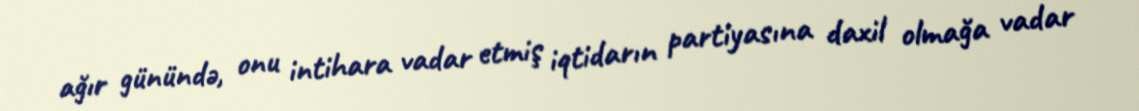
ağır günündə, onu intihara vadar etmiş iqtidarın partiyasına daxil olmağa vadar